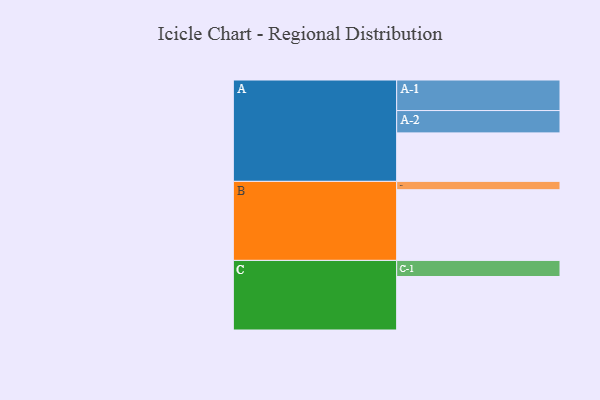
{"axis": {"x": "Segment", "y": "Value"}, "legend": ["", "A", "B", "C"], "data": [{"x": "A", "y": 319, "type": ""}, {"x": "B", "y": 465, "type": ""}, {"x": "C", "y": 352, "type": ""}, {"x": "A-1", "y": 201, "type": "A"}, {"x": "A-2", "y": 147, "type": "A"}, {"x": "B-1", "y": 55, "type": "B"}, {"x": "C-1", "y": 106, "type": "C"}]}